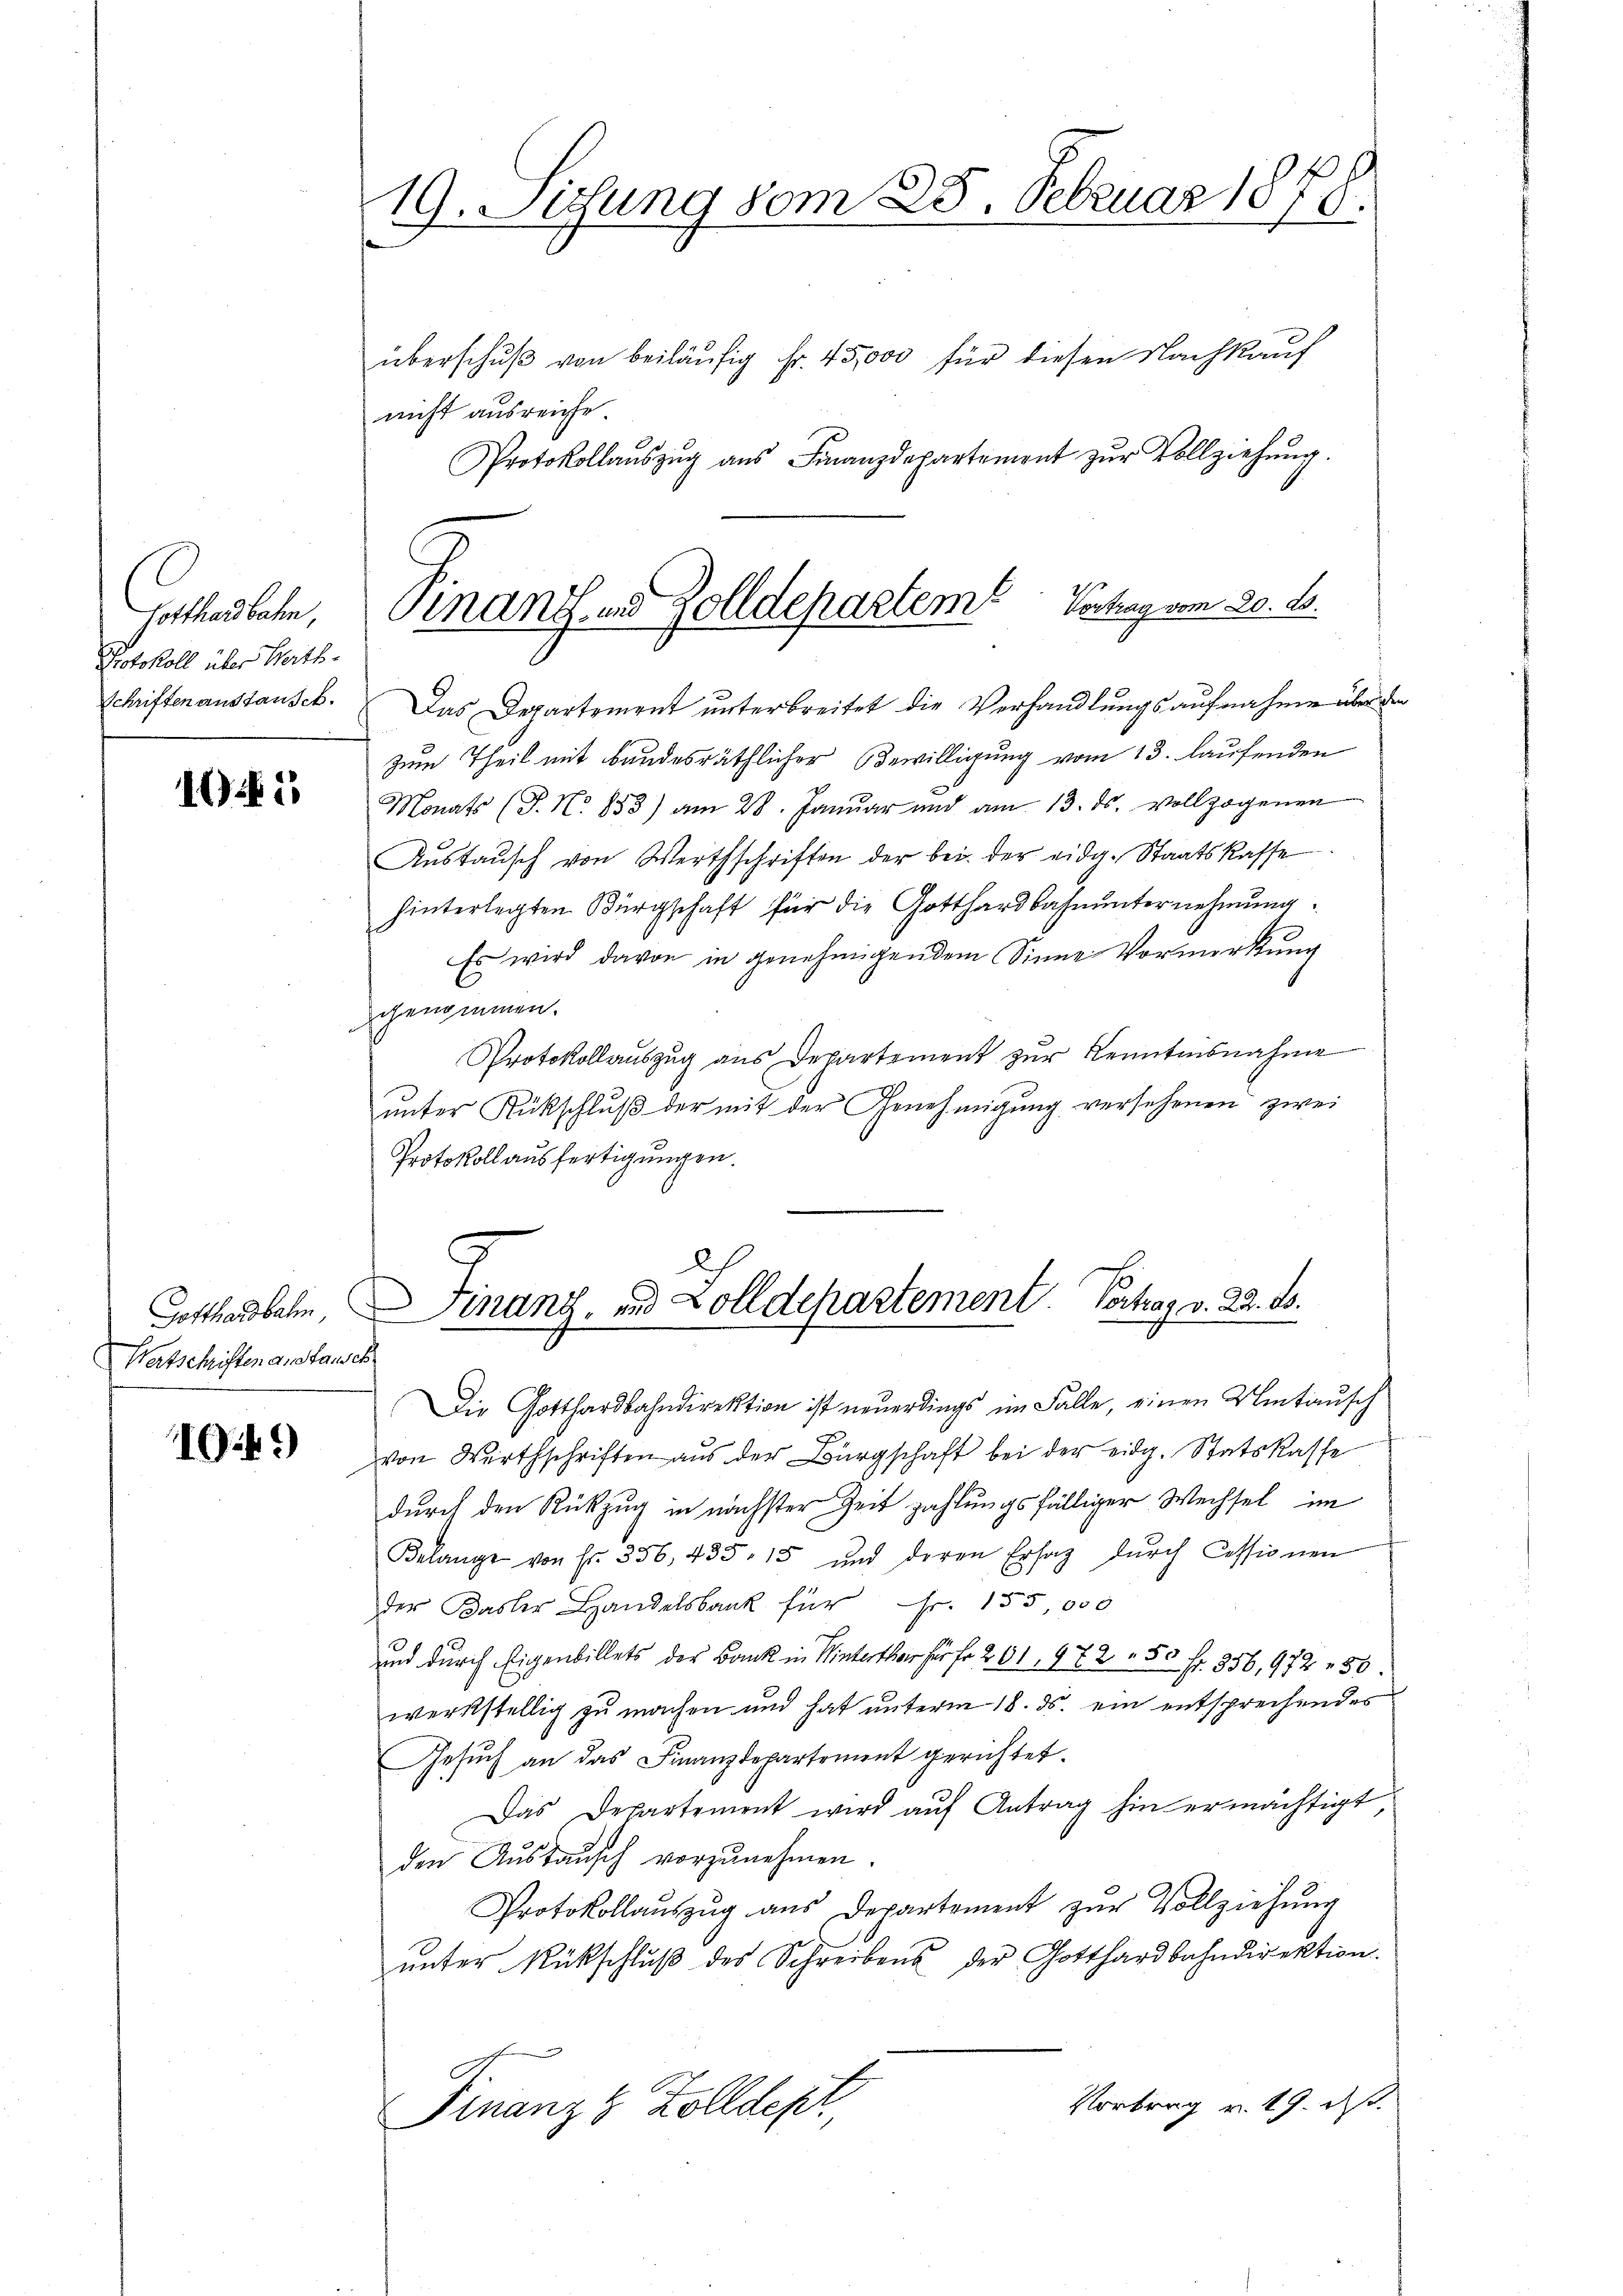
Gotthardbahn,
Protokoll über Werth.
Schriften anstausch.

12

Gotthardbahn
Nachschriften anstause

1049

19. Sitzung vom 25. Februar 1878.

überschŭβ von beiläufig fr. 45,000 für diesen Nachkauf
nicht ausreiche
Protokollaŭszŭg aŭs Finanzdepartement zŭr Vollziehŭng.

Pinanz- und Zolldepartem Vertrag vom 20. d.

Das Departement unterbreitet die Verhandlungsaufnahme über den
zum Theil mit bundesräthlicher Bewilligung vom 13. laufenden
Monats (T. No. 853) am 28. Januar und am 13. ds. vollzogenen
Aŭstaŭsch von Wertschriften der bei der eidg. Staatskasse
hinterlegten Bürgschaft für die Gotthardbahnunternehmung.
Es wird davon in genehmigendem Sinne Vormerkung
genommen.
Protokollauszug aus Departement zur Kenntensnahme
ŭnter Rückschlŭβ der mit der Genehmigŭng versehenen zwei
Protokoll ausfertigungen.
Die Gotthardbahndirektion ist neuerdings im Falle, einen Umtausch
von Wirthschriften aus der Bürgschaft bei der eidg. Statskasse
durch den Rückzug in nächster Zeit zahlungsfälliger Wechsel im
Belange von Fr. 356, 435. 15 und deren Ersaz dŭrch Cessionen
der Basler Handelsbank für Fr. 155,000
und durch Eigenbillets der Bank in Winterther für fr 201, 972. 50 fr. 356,972 - 50
werkstellig zu machen und hat unterm 18. ds. ein entsprechendes
Gesuch an das Finanzdepartement gerichtet.
Das Departement wird auf Antrag hin ermächtigt
den Aŭsbaŭsch vorzŭnehmen.
Protokollaŭszŭg aŭs Departement zŭr Vollziehŭng
ŭnter Rückschlŭβ des Schreibens der Gotthardbahndirektion.
Vortrag v. 19. ds.
Finanz & Zolldept.

Finanz, und Zolldepartement Vortrag v. 22. ds.